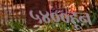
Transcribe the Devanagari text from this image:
५४००हून